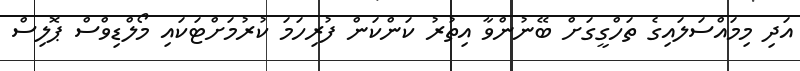
އަދި މިމައްސަލައިގެ ތަހްގީގަށް ބޭނުންވާ އިތުރު ކަންކަން ފުރިހަމަ ކުރުމަށްޓަކައި މޯލްޑިވްސް ޕޮލިސް